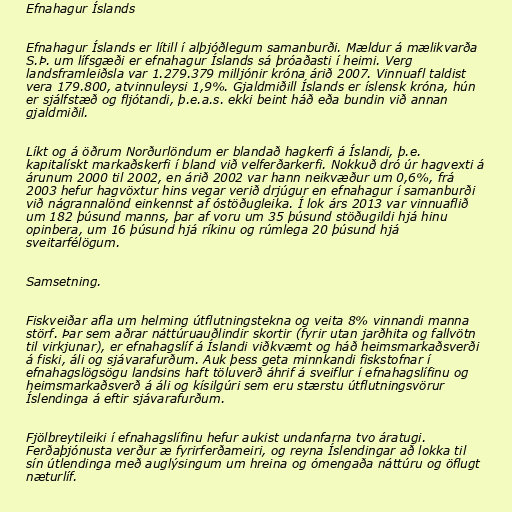
Efnahagur Íslands

Efnahagur Íslands er lítill í alþjóðlegum samanburði. Mældur á mælikvarða
S.Þ. um lífsgæði er efnahagur Íslands sá þróaðasti í heimi. Verg
landsframleiðsla var 1.279.379 milljónir króna árið 2007. Vinnuafl taldist
vera 179.800, atvinnuleysi 1,9%. Gjaldmiðill Íslands er íslensk króna, hún
er sjálfstæð og fljótandi, þ.e.a.s. ekki beint háð eða bundin við annan
gjaldmiðil.

Líkt og á öðrum Norðurlöndum er blandað hagkerfi á Íslandi, þ.e.
kapitalískt markaðskerfi í bland við velferðarkerfi. Nokkuð dró úr hagvexti á
árunum 2000 til 2002, en árið 2002 var hann neikvæður um 0,6%, frá
2003 hefur hagvöxtur hins vegar verið drjúgur en efnahagur í samanburði
við nágrannalönd einkennst af óstöðugleika. Í lok árs 2013 var vinnuaflið
um 182 þúsund manns, þar af voru um 35 þúsund stöðugildi hjá hinu
opinbera, um 16 þúsund hjá ríkinu og rúmlega 20 þúsund hjá
sveitarfélögum.

Samsetning.

Fiskveiðar afla um helming útflutningstekna og veita 8% vinnandi manna
störf. Þar sem aðrar náttúruauðlindir skortir (fyrir utan jarðhita og fallvötn
til virkjunar), er efnahagslíf á Íslandi viðkvæmt og háð heimsmarkaðsverði
á fiski, áli og sjávarafurðum. Auk þess geta minnkandi fiskstofnar í
efnahagslögsögu landsins haft töluverð áhrif á sveiflur í efnahagslífinu og
heimsmarkaðsverð á áli og kísilgúri sem eru stærstu útflutningsvörur
Íslendinga á eftir sjávarafurðum.

Fjölbreytileiki í efnahagslífinu hefur aukist undanfarna tvo áratugi.
Ferðaþjónusta verður æ fyrirferðameiri, og reyna Íslendingar að lokka til
sín útlendinga með auglýsingum um hreina og ómengaða náttúru og öflugt
næturlíf.